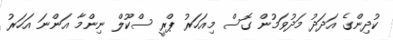
ކުދިންގެ އަދަދު މަދުވަމުން ގޮސް މިއަހަރު ޕްރީ ސްކޫލް ނިންމާ އަންނަ އަހަރު